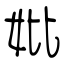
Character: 妣